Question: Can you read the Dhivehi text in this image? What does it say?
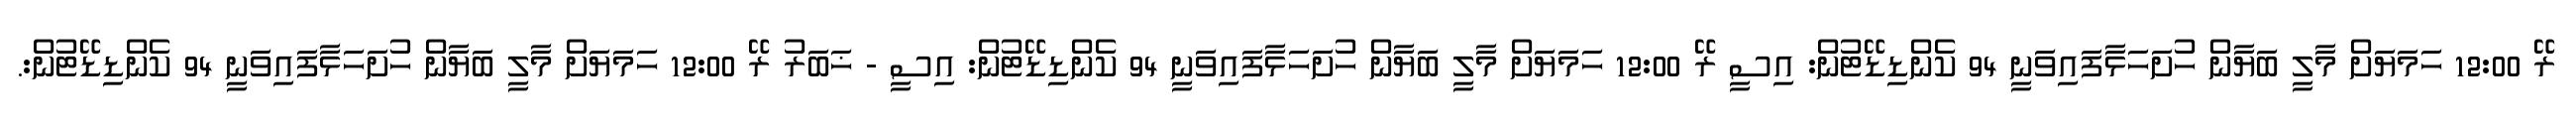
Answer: ރޭ 12:00 ހަމަޔަށް މާލީ ބަޔާން ހުށަހަޅާފައިވަނީ 94 ކެންޑިޑޭޓުން: އިސީ ރޭ 12:00 ހަމަޔަށް މާލީ ބަޔާން ހުށަހަޅާފައިވަނީ 94 ކެންޑިޑޭޓުން: އިސީ - ޚަބަރު ރޭ 12:00 ހަމަޔަށް މާލީ ބަޔާން ހުށަހަޅާފައިވަނީ 94 ކެންޑިޑޭޓުން:.